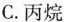
C.丙烷